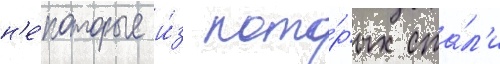
н'е́которые и́з кото́рых ста́л'и